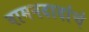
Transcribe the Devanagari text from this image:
वामनदादांचं